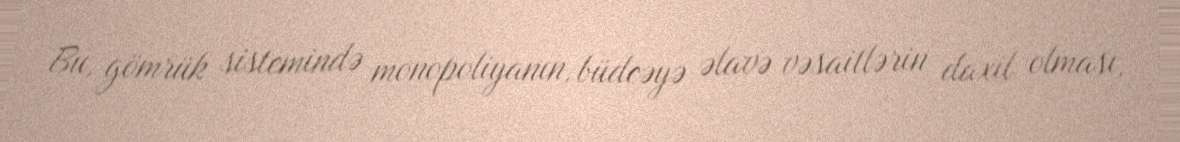
Bu, gömrük sistemində monopoliyanın, büdcəyə əlavə vəsaitlərin daxil olması,